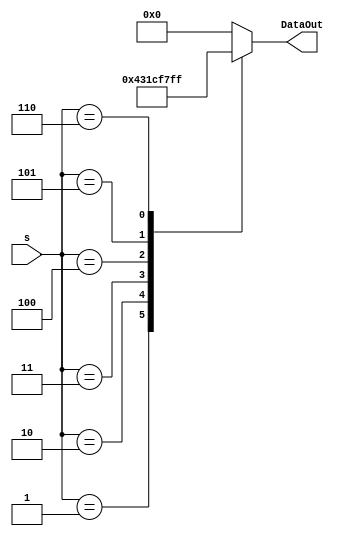
//################################
// Decoder for Beta Number
// 6-inputs element
// Version 1.5                  
//################################

module decode3_6_Beta(s,DataOut);

//---------------------------
// s: Input deecimal adress;
// DataOut: Output data;
//---------------------------

input  [2:0] s;
output reg [5:0] DataOut;

always@(s)begin
	case(s)
		3'b000: DataOut=6'b000000;
		3'b001: DataOut=6'b000001;
		3'b010: DataOut=6'b000011;
		3'b011: DataOut=6'b000111;
		3'b100: DataOut=6'b001111;
		3'b101: DataOut=6'b011111;
		3'b110: DataOut=6'b111111;
		default: DataOut=6'b000000;
	endcase
end
endmodule